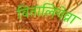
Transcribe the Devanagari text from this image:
वितालियेव्ना